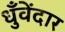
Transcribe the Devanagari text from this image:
धुँवेंदार